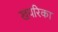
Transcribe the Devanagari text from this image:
खपरिका